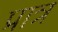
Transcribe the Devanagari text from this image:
प्रात्र